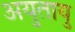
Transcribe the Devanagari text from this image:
अयुतायु